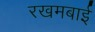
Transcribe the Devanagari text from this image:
रखमबाई